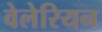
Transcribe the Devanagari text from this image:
वेलेरियन